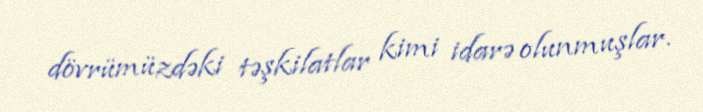
dövrümüzdəki təşkilatlar kimi idarə olunmuşlar.